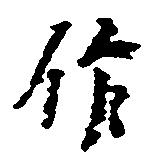
作